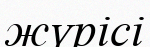
жүрісі